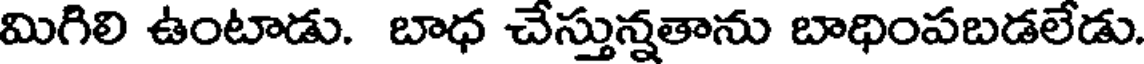
మిగిలి ఉంటాడు. బాధ చేస్తున్నతాను బాధింపబడలేడు.